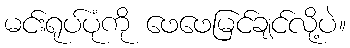
မင်းရုပ်ပုံကို ဖေဖေမြင်ချင်လို့ပဲ။